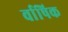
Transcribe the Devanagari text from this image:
र्वाषिक